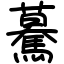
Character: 驀